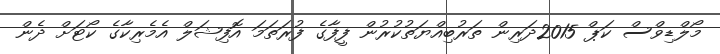
މޯލްޑިވްސް ކަޕް 2015ދަރިން ތަރުބިއްޔަތުކުރުން ފީފާގެ ފުރަތަމަ އޮފިޝަލް އެމެރިކާގެ ކޯޓަށް ދެން